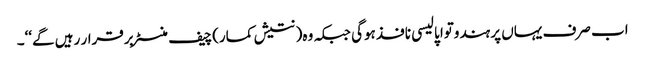
اب صرف یہاں پر ہندوتوا پالیسی نافذ ہوگی جبکہ وہ( نتیش کمار)چیف منسٹر برقرار رہیں گے‘‘۔